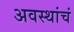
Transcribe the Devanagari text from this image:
अवस्थांचं